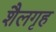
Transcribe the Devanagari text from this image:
शैलगृह